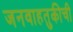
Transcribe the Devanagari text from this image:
जनवाहतुकीची